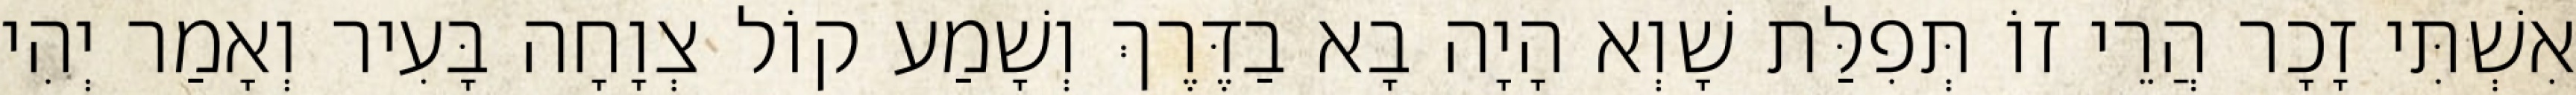
אִשְׁתִּי זָכָר הֲרֵי זוֹ תְּפִלַּת שָׁוְא הָיָה בָא בַדֶּרֶךְ וְשָׁמַע קוֹל צְוָחָה בָּעִיר וְאָמַר יְהִי